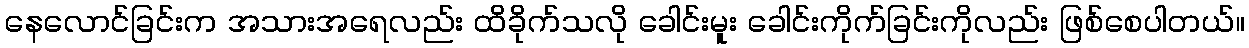
နေလောင်ခြင်းက အသားအရေလည်း ထိခိုက်သလို ခေါင်းမူး ခေါင်းကိုက်ခြင်းကိုလည်း ဖြစ်စေပါတယ်။